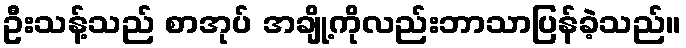
ဦးသန့်သည် စာအုပ် အချို့ကိုလည်းဘာသာပြန်ခဲ့သည်။